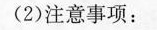
(2)注意事项：